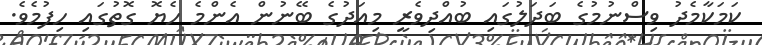
ކަމަކާމެދު ވިސްނުމުގެ ބަދަލުގައި ބުއްދިވެރީ މިއަދުގެ ބޭނުން އެންމެ ހެޔޮ ގޮތުގައި ހިފުމެވެ.